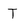
Character: T